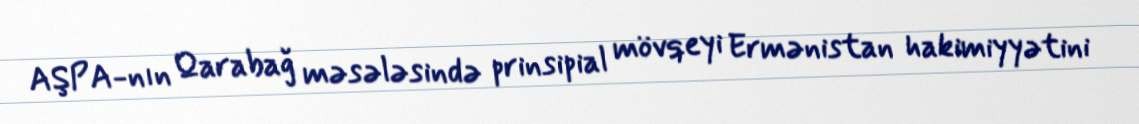
AŞPA-nın Qarabağ məsələsində prinsipial mövqeyi Ermənistan hakimiyyətini